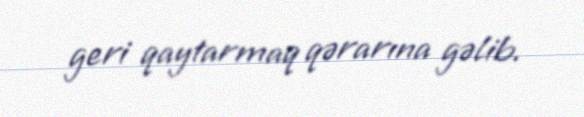
geri qaytarmaq qərarına gəlib.